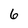
Character: 6